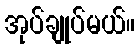
အုပ်ချုပ်မယ်။